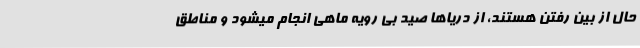
حال از بین رفتن هستند، از دریاها صید بی رویه ماهی انجام میشود و مناطق